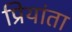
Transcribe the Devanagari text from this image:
प्रियांता